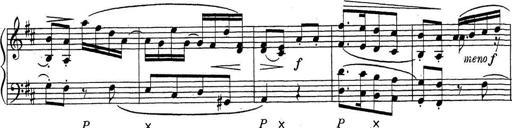
Title: ÄŒeskÃ© Sonatiny
Composer: Various